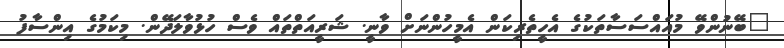
"ބޭނުންވޭ މުއައްސަސާތަކުގެ އެހީތެރިކަން އެމީހުންނަށް ވާނީ. ޝަރީއަތްތައް ވެސް ހުޅުވާލަދޭން. މިކަމުގެ އިންސާފު